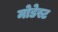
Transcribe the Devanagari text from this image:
मोडेस्ट